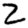
Digit: 2